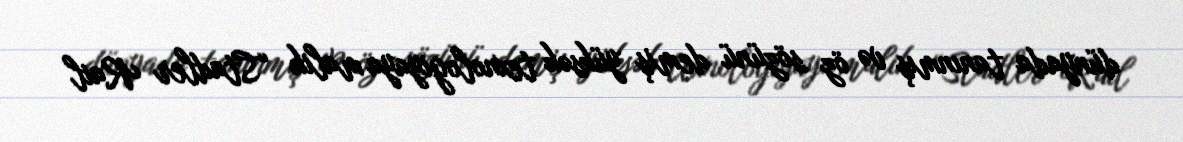
dünyada tanınmış və öz sözünü demiş yüksək texnologiyaya malik “Stadler Rail